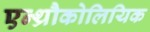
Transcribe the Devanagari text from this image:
एन्थ्रौकोलियिक